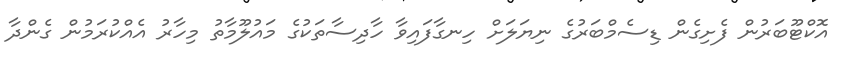
އޮކްޓޫބަރުން ފެށިގެން ޑިސެމްބަރުގެ ނިޔަލަށް ހިނގާފައިވާ ހާދިސާތަކުގެ މައުލޫމާތު މިހާރު އެއްކުރަމުން ގެންދާ